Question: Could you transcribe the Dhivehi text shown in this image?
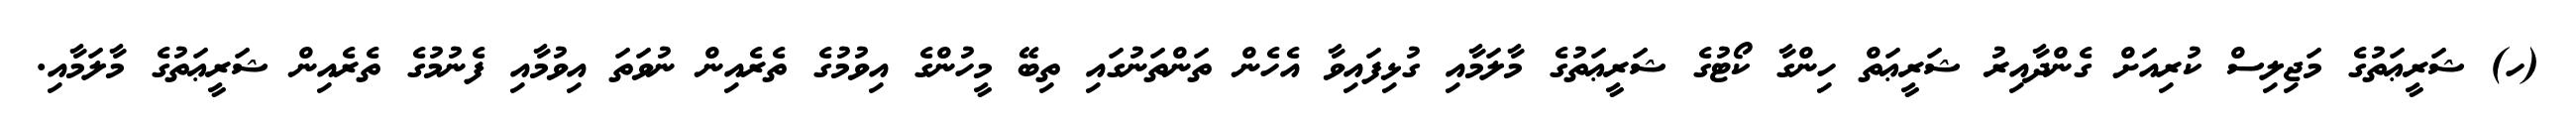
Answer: (ހ) ޝަރީޢަތުގެ މަޖިލިސް ކުރިއަށް ގެންދާއިރު ޝަރީޢަތް ހިންގާ ކޯޓުގެ ޝަރީޢަތުގެ މާލަމާއި ގުޅިފައިވާ އެހެން ތަންތަނުގައި ތިބޭ މީހުންގެ އިވުމުގެ ތެރެއިން ނުވަތަ އިވުމާއި ފެނުމުގެ ތެރެއިން ޝަރީޢަތުގެ މާލަމާއި.